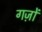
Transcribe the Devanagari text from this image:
गज़ों